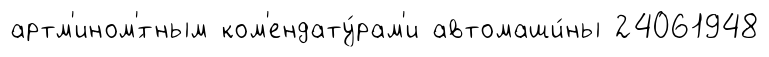
артм'ином'́тным ком'ендату́рам'и автомаши́ны 24061948